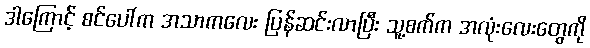
ဒါကြောင့် စင်ပေါ်က အသာကလေး ပြန်ဆင်းလာပြီး သူ့စက်က အလုံးလေးတွေကို